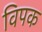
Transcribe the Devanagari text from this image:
विपक